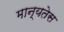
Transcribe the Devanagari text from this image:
मान्यतेस